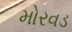
મોરવડ